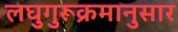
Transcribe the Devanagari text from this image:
लघुगुरूक्रमानुसार